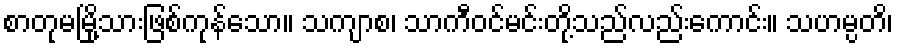
စာတုမမြို့သားဖြစ်ကုန်သော။ သကျာစ၊ သာကီဝင်မင်းတို့သည်လည်းကောင်း။ သဟမ္ပတိ၊